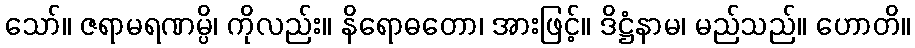
သော်။ ဇရာမရဏမ္ပိ၊ ကိုလည်း။ နိရောဓတော၊ အားဖြင့်။ ဒိဋ္ဌံနာမ၊ မည်သည်။ ဟောတိ။